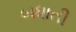
બધાતી